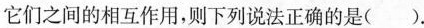
它们之间的相互作用，则下列说法正确的是( ).